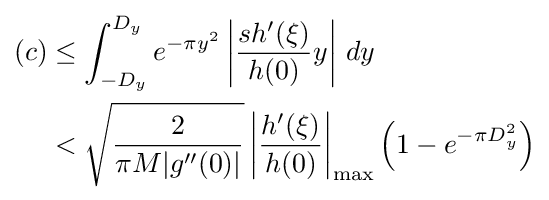
{\begin{aligned}(c)&\leq \int _{-D_{y}}^{D_{y}}e^{-\pi y^{2}}\left|{\frac {sh'(\xi )}{h(0)}}y\right|\,dy\\&<{\sqrt {\frac {2}{\pi M|g''(0)|}}}\left|{\frac {h'(\xi )}{h(0)}}\right|_{\max }\left(1-e^{-\pi D_{y}^{2}}\right)\end{aligned}}